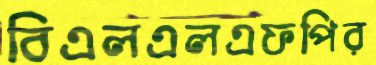
বিএলএলএফপির